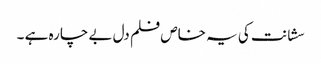
سشانت کی یہ خاص فلم دل بے چارہ ہے ۔